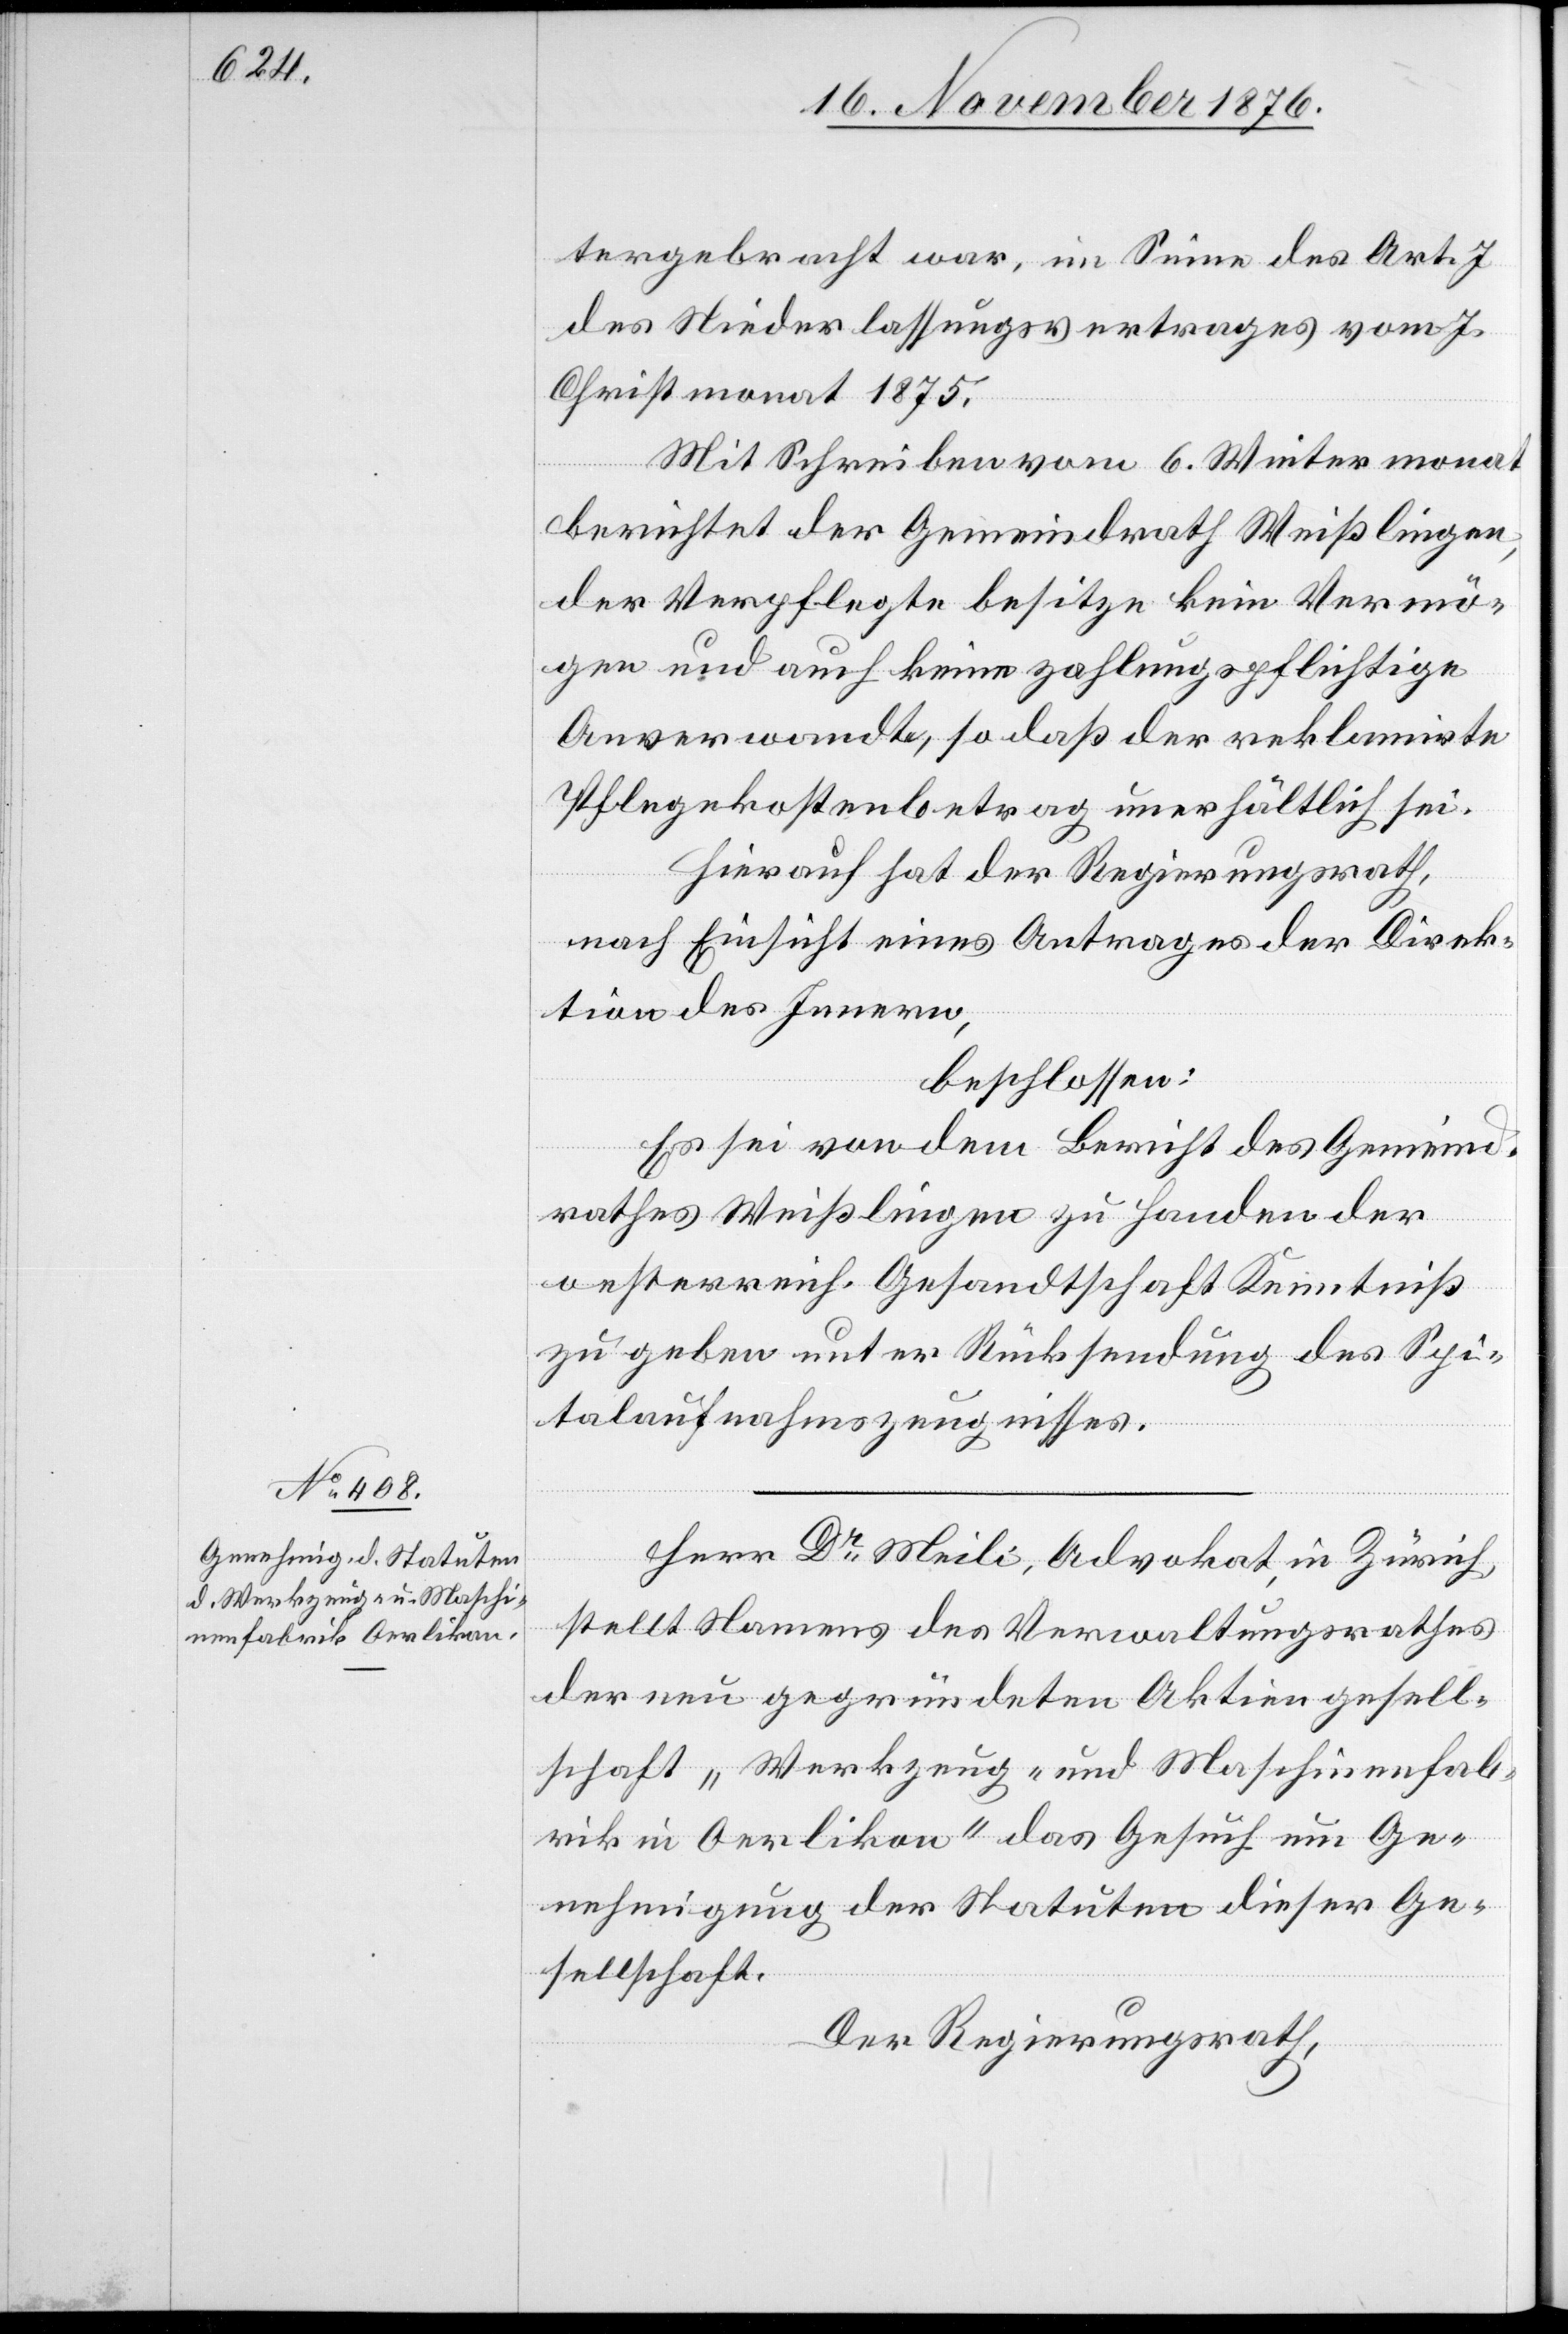
Herr Dr Meili, Advokat, in Zürich,
stellt Namens des Verwaltungsrathes
der neu gegründeten Aktiengesell¬
schaft „Werkzeug- und Maschinenfab¬
rik Oerlikon“ das Gesuch um Ge¬
nehmigung der Statuten dieser Ge¬
sellschaft.
Der Regierungsrath,